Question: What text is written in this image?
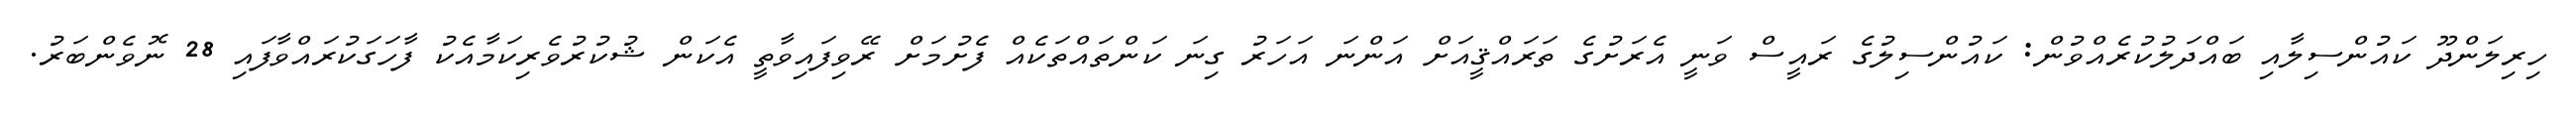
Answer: ހިރިލަންދޫ ކައުންސިލާއި ބައްދަލުކުރެއްވުން: ކައުންސިލުގެ ރައީސް ވަނީ އެރަށުގެ ތަރައްޤީއަށް އަންނަ އަހަރު ގިނަ ކަންތައްތަކެއް ފެށުމަށް ރޭވިފައިވާތީ އެކަން ޝުކުރުވެރިކަމާއެކު ފާހަގަކުރައްވާފައި 28 ނޮވެންބަރު.